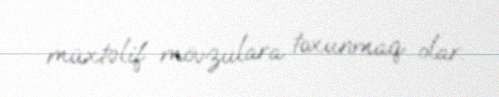
müxtəlif mövzulara toxunmaq olar.